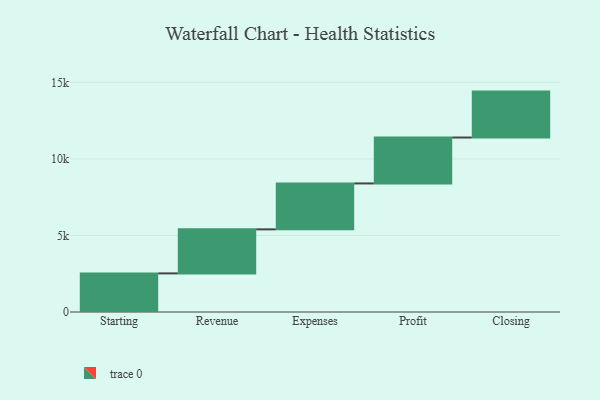
{"axis": {"x": "Step", "y": "Value"}, "legend": [""], "data": [{"x": "Starting", "y": 2522.0, "type": ""}, {"x": "Revenue", "y": 2877.0, "type": ""}, {"x": "Expenses", "y": 3000, "type": ""}, {"x": "Profit", "y": 3000, "type": ""}, {"x": "Closing", "y": 3000, "type": ""}]}